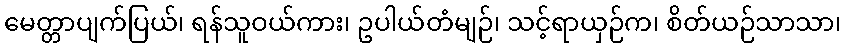
မေတ္တာပျက်ပြယ်၊ ရန်သူဝယ်ကား၊ ဥပါယ်တံမျဉ်၊ သင့်ရာယှဉ်က၊ စိတ်ယဉ်သာသာ၊